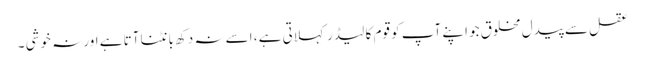
عقل سے پیدل مخلوق جو اپنے آپ کو قوم کا لیڈر کہلاتی ہے ، اسے نہ دکھ بانٹنا آتا ہے اور نہ خوشی ۔